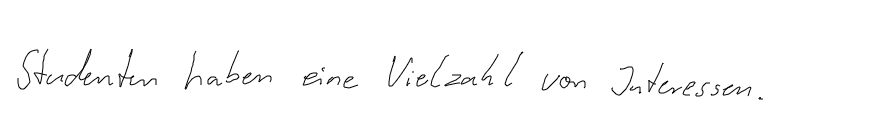
Studenten haben eine Vielzahl von Interessen.